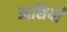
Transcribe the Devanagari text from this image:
आशियाँ